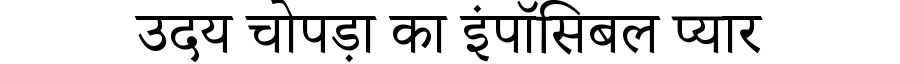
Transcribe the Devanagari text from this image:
उदय चोपड़ा का इंपॉसिबल प्यार